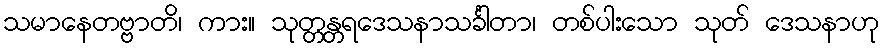
သမာနေတဗ္ဗာတိ၊ ကား။ သုတ္တန္တရဒေသနာသင်္ခါတာ၊ တစ်ပါးသော သုတ် ဒေသနာဟု